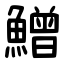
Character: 鱛